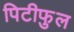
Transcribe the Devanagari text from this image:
पिटीफुल